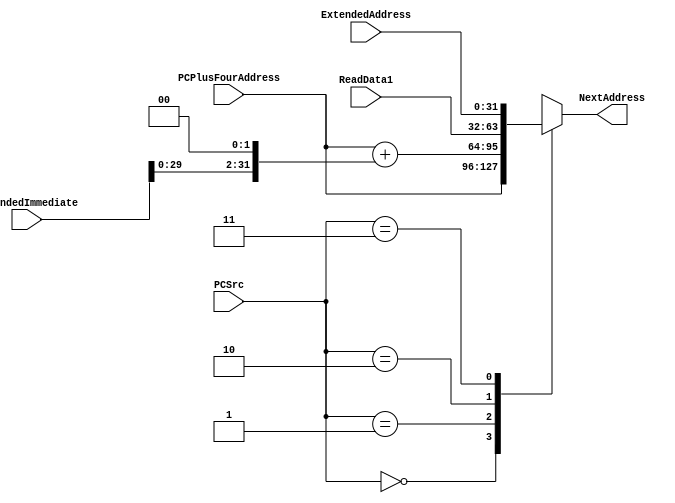
`timescale 1ns / 1ps
//////////////////////////////////////////////////////////////////////////////////
// Company: 
// Engineer: 
// 
// Design Name: 
// Module Name: Selector41_32bits
// Project Name: 
// Target Devices: 
// Tool Versions: 
// Description: 
// 
// Dependencies: 
// 
// Revision:
// Revision 0.01 - File Created
// Additional Comments:
// 
//////////////////////////////////////////////////////////////////////////////////

`timescale 1ns / 1ps
//////////////////////////////////////////////////////////////////////////////////
// Company: 
// Engineer: 
// 
// Design Name: 
// Module Name: Selector41_31bits
// Project Name: 
// Target Devices: 
// Tool Versions: 
// Description: 
// 
// Dependencies: 
// 
// Revision:
// Revision 0.01 - File Created
// Additional Comments:
// 
//////////////////////////////////////////////////////////////////////////////////


module Selector41_32bits(
  PCPlusFourAddress, ExtendedImmediate, ReadData1, ExtendedAddress, PCSrc, NextAddress
);
    input wire[31:0] PCPlusFourAddress;  // PC + 4  
    input wire[31:0] ExtendedImmediate;  // 
    input wire[31:0] ReadData1;          //  rs 
    input wire[31:0] ExtendedAddress;    //
    input [1:0] PCSrc;              // 
    output reg[31:0] NextAddress;        // 
    
    always @( PCPlusFourAddress or ExtendedImmediate or ReadData1 or ExtendedAddress or PCSrc)begin
            case (PCSrc)
                2'b00: NextAddress = PCPlusFourAddress;                             // 
                2'b01: NextAddress = PCPlusFourAddress + (ExtendedImmediate << 2);  // 
                2'b10: NextAddress = ReadData1;                                     // 
                2'b11: NextAddress = ExtendedAddress;                               // 
                default:begin
                     NextAddress = NextAddress;  // 
                end                        //$display (" no match");
            endcase
        end
    
endmodule